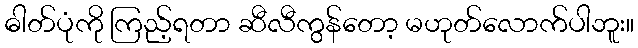
ဓါတ်ပုံကို ကြည့်ရတာ ဆီလီကွန်တော့ မဟုတ်လောက်ပါဘူး။